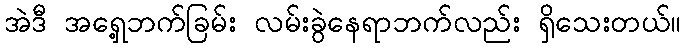
အဲဒီ အရှေ့ဘက်ခြမ်း လမ်းခွဲနေရာဘက်လည်း ရှိသေးတယ်။